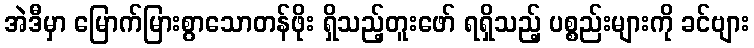
အဲဒီမှာ မြောက်မြားစွာသောတန်ဖိုး ရှိသည့်တူးဖော် ရရှိသည့် ပစ္စည်းများကို ခင်ဗျား